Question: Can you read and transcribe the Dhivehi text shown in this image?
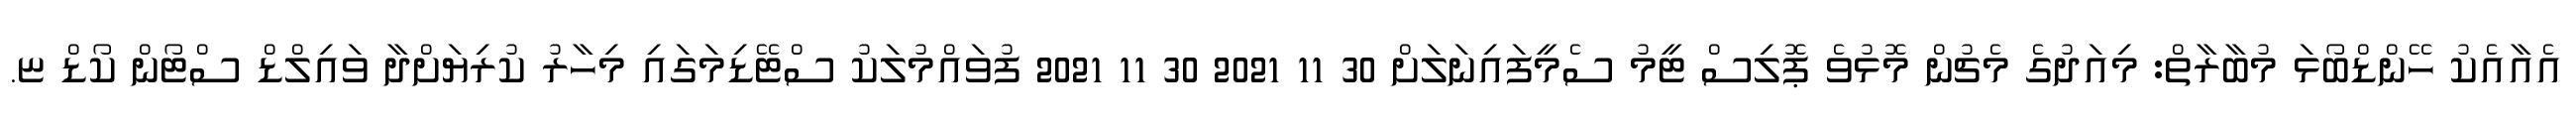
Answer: އެއާއެކު ހޭންޑްބޯޅަ މުބާރާތް: މިއަދުގެ މެޗުން މޮޅުވެ ޕޮލިސް ޓީމު ސެމީފައިނަލަށް 30 11 2021 30 11 2021 ފުވައްމުލަކު ސްޓޭޑިމަގައި މިހާރު ކުރިޔަށްދާ ވައިލްޑް ސްޓޯން ކޯޑް ޏ.